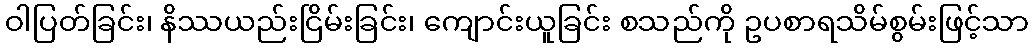
ဝါပြတ်ခြင်း၊ နိဿယည်းငြိမ်းခြင်း၊ ကျောင်းယူခြင်း စသည်ကို ဥပစာရသိမ်စွမ်းဖြင့်သာ